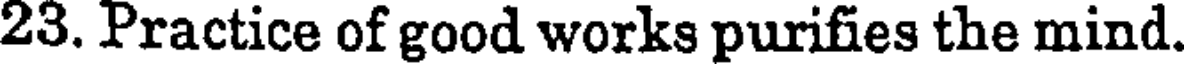
23. Practice of good works purifies the mind.